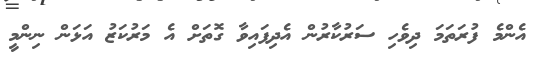
އެންމެ ފުރަތަމަ ދިވެހި ސަރުކާރުން އެދިފައިވާ ގޮތަށް އެ މަރުކަޒު އަޅަން ނިންމީ